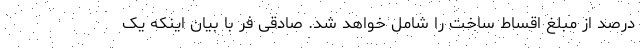
درصد از مبلغ اقساط ساخت را شامل خواهد شد. صادقی فر با بیان اینکه یک